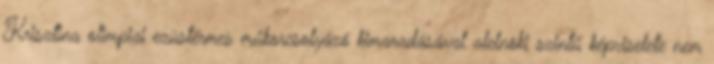
Krisztina olimpiai ezüstérmes műkorcsolyázó kimaradásával alelnöki szintű képviselete nem